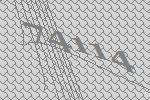
74114